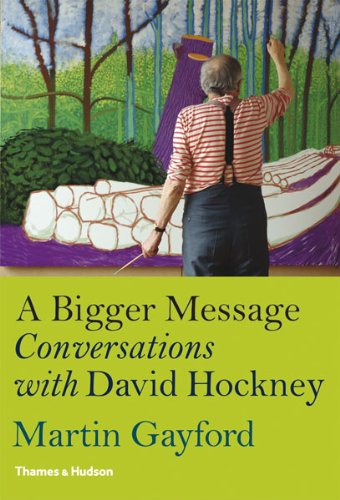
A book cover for A Bigger Message: Conversations with David Hockney; Martin Gayford; Arts & Photography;